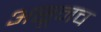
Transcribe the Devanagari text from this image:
असूनच